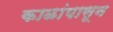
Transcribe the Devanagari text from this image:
काळांपासून